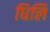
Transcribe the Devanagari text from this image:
धिलि